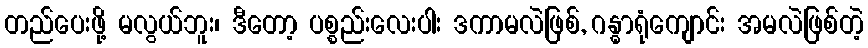
တည်ပေးဖို့ မလွယ်ဘူး၊ ဒီတော့ ပစ္စည်းလေးပါး ဒကာမလဲဖြစ်, ဂန္ဓာရုံကျောင်း အမလဲဖြစ်တဲ့